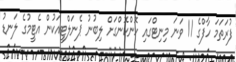
ފުރަތަމަ ހާފްގެ 11 ވަނަ މިނިޓްގައި ހޮންކޮންގަށް ލިބުނު ޕެނަލްޓީއަކުން އެޓީމުގެ ލަނޑު